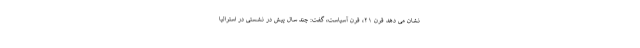
نشان می­ دهد قرن ۲۱، قرن آسیاست، گفت: چند سال پیش در نشستی در استرالیا